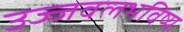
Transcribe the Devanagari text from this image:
उज्जवलभविष्य